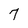
Character: 7